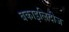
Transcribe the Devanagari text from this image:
बकाइलिदीज